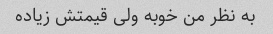
به نظر من خوبه ولی قیمتش زیاده